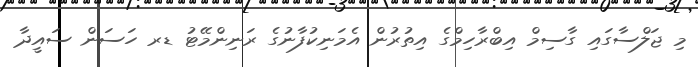
މި ޖަލްސާގައި ގާސިމް އިބްރާހިމްގެ އިތުރުން އެމަނިކުފާނުގެ ރަނިންމޭޓު ޑރ ހަސަން ސައީދާ